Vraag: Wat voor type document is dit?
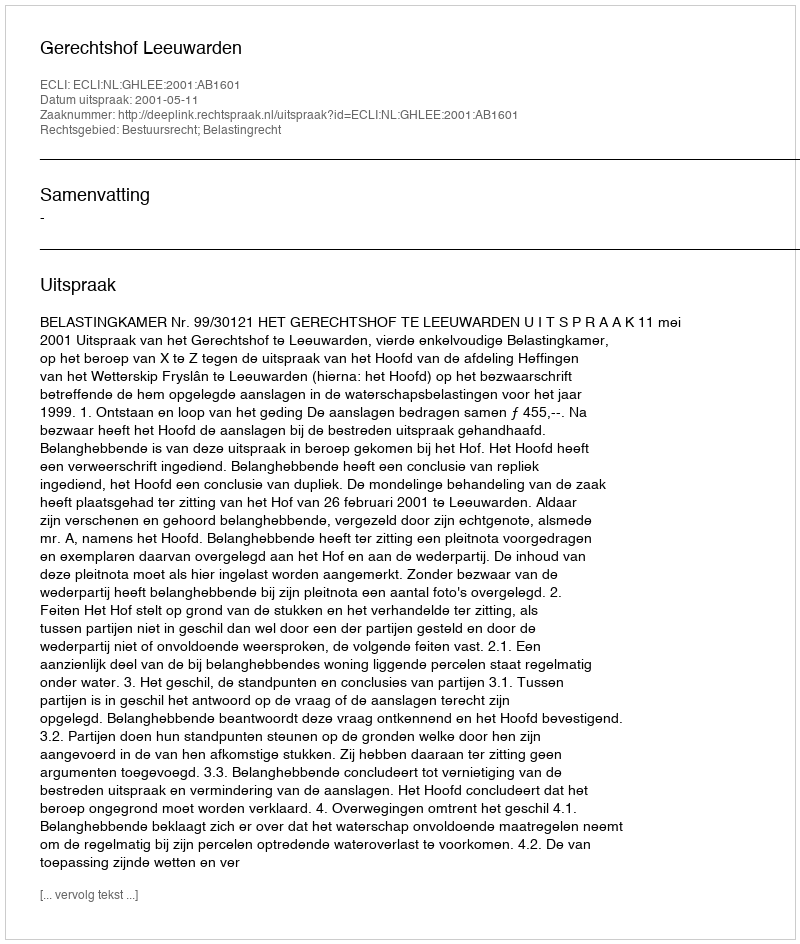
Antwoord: Uitspraak